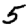
Digit: 5